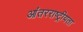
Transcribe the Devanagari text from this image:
आंतरराष्ट्रीयता